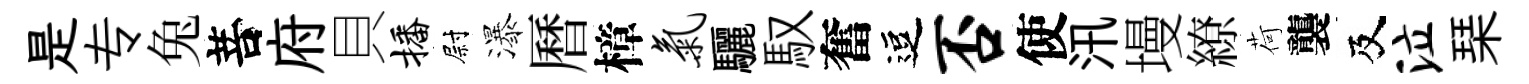
是专兔菩府貝播尉瀑曆樟气驪馭奮逗否使汛墁繚荷襲及泣琹